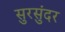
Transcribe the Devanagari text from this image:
सुरसुंदर